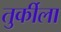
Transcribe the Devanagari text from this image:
तुर्कीला